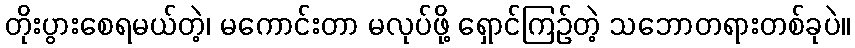
တိုးပွားစေရမယ်တဲ့၊ မကောင်းတာ မလုပ်ဖို့ ရှောင်ကြဉ်တဲ့ သဘောတရားတစ်ခုပဲ။